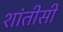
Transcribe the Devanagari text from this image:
शांतीसी